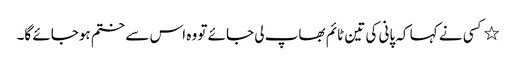
٭کسی نے کہا کہ پانی کی تین ٹائم بھاپ لی جائے تو وہ اس سے ختم ہوجائے گا۔